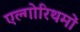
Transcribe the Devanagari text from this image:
एल्गोरिथमों